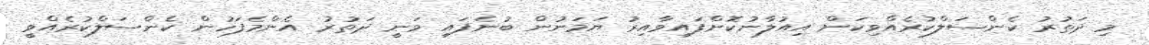
މި ދަތުރު ކެންސަލްކުރެއްވިކަން އިއުލާނުކޮށްފައިވާއިރު ޔަމަނުން ބުނެފައި ވަނީ ދަތުރު އެންމެފަހުން ކެންސަލްކުރެއްވީ